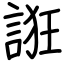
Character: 誑